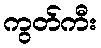
ကွတ်ကီး